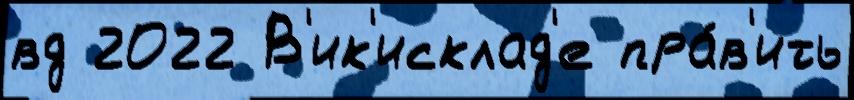
вд 2022 В'ик'исклад'е пра́в'ить